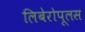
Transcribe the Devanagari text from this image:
लिबेरोपूलस